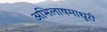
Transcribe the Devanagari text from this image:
अभिलाषमाधुरी